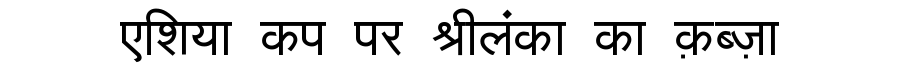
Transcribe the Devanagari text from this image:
एशिया कप पर श्रीलंका का क़ब्ज़ा